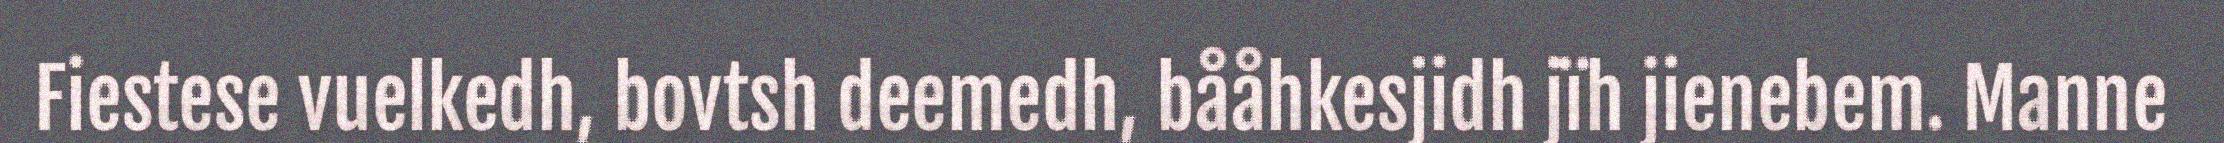
Fiestese vuelkedh, bovtsh deemedh, bååhkesjidh jïh jienebem. Manne